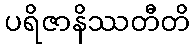
ပရိဇာနိဿတီတိ